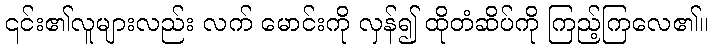
၎င်း၏လူများလည်း လက် မောင်းကို လှန်၍ ထိုတံဆိပ်ကို ကြည့်ကြလေ၏။